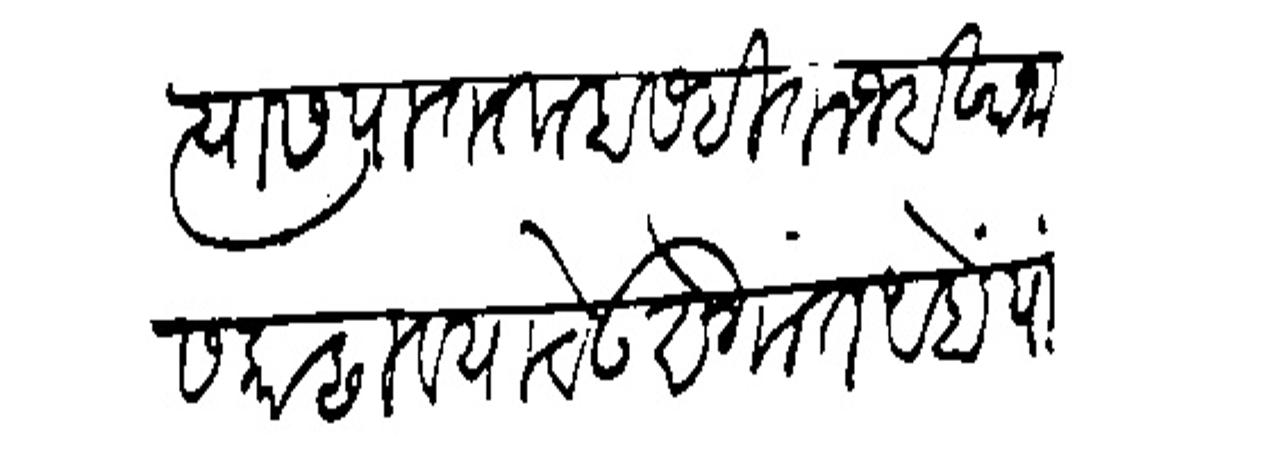
Transliteration (Devanagari): त्यास पातशाहासहित नजबखानास काडावयाचे उद्येगांत आहों यावे